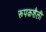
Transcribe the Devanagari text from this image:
रूपकशैली